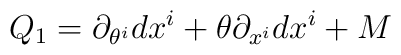
Q_{1} = \partial_{\theta^{i}}dx^{i} + \theta\partial_{x^{i}} dx^{i} + M